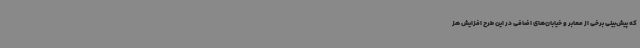
که پیش‌بینی برخی از معابر و خیابان‌های اضافی در این طرح افزایش هز